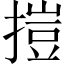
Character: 㨟